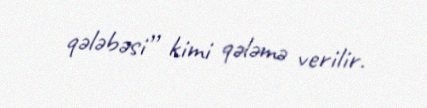
qələbəsi” kimi qələmə verilir.